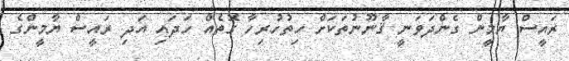
ރައީސް ޔާމީން ގެންދަވަނީ ޤާނޫނުތަކަށް ހިތުހުރިހާ ގޮތެއް ހަދައި އަދި ރައީސް ޔާމީންގެ